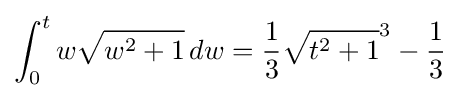
\int _{0}^{t}w{\sqrt {w^{2}+1}}\,dw={\frac {1}{3}}{\sqrt {t^{2}+1}}^{3}-{\frac {1}{3}}